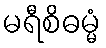
မရီစိဓမ္မံ